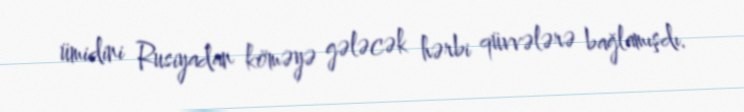
ümidini Rusiyadan köməyə gələcək hərbi qüvvələrə bağlamışdı.